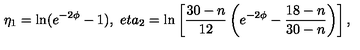
\eta _ { 1 } = \ln ( e ^ { - 2 \phi } - 1 ) , \ e t a _ { 2 } = \ln \left[ \frac { 3 0 - n } { 1 2 } \left( e ^ { - 2 \phi } - \frac { 1 8 - n } { 3 0 - n } \right) \right] ,